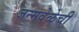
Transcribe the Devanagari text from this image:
जन्मवेळेची